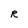
Character: R